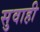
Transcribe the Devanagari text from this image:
सुवाही